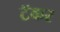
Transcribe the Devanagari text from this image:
टॅकर